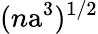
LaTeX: (n\mathrm{a}^{3})^{1/2}